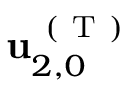
\mathbf { u } _ { 2 , 0 } ^ { \mathrm { ~ ( ~ T ~ ) ~ } }